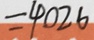
= 4 0 2 6